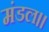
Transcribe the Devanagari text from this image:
मंडल।।